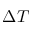
\Delta T